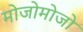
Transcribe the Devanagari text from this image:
मोजोमोजो